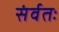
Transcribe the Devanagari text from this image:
संर्वतः